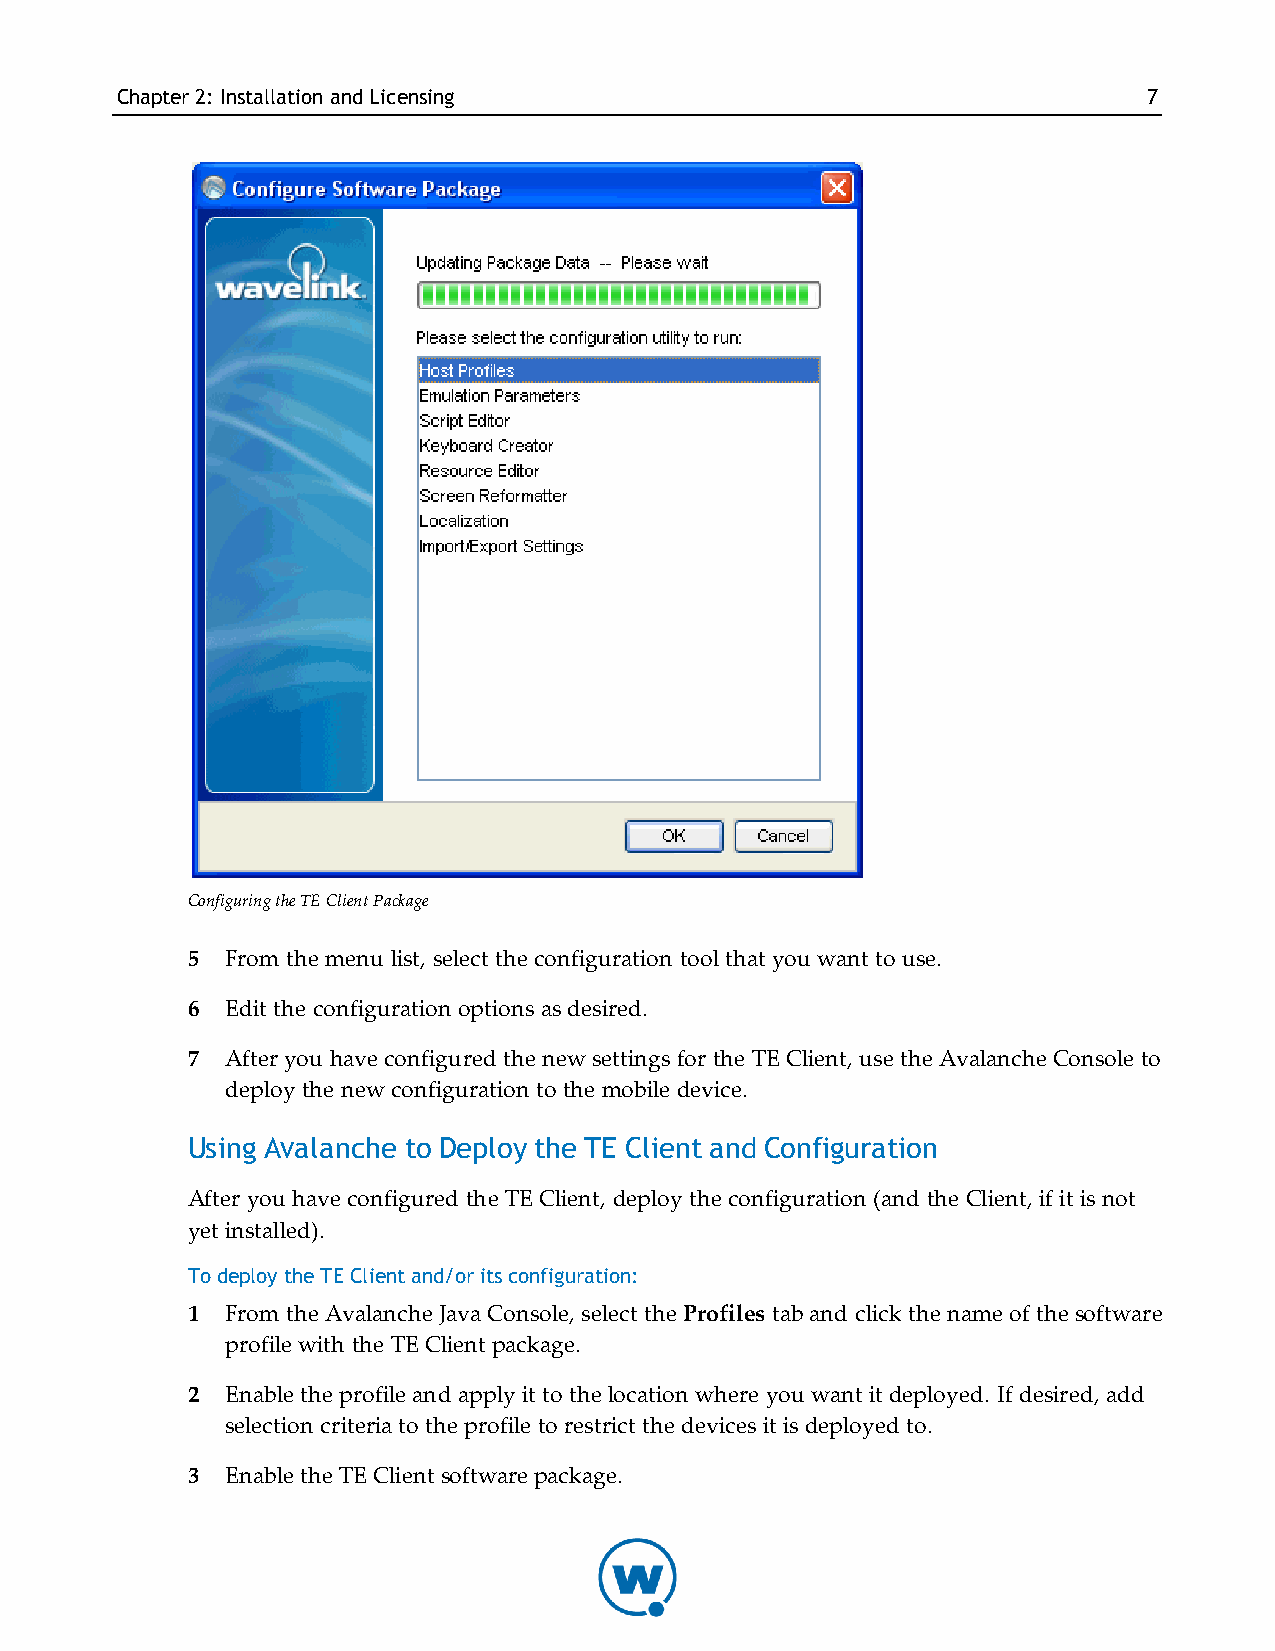
Chapter2: InstallationandLicensing                                  7
 Configuring the TE Client Package
 5  From the menu list, select the configuration tool that you want to use.
 6  Edit the configuration options as desired.
 7  After you have configured the new settings for the TE Client, use the Avalanche Console to
 deploy the new configuration to the mobile device.
 Using Avalanche to Deploy the TE Client and Configuration
 After you have configured the TE Client, deploy the configuration (and the Client, if it is not
 yet installed).
 To deploy the TE Client and/or its configuration:
 1  From the Avalanche Java Console, select the Profiles tab and click the name of the software
 profile with the TE Client package.
 2  Enable the profile and apply it to the location where you want it deployed. If desired, add
 selection criteria to the profile to restrict the devices it is deployed to.
 3  Enable the TE Client software package.